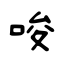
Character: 唆